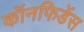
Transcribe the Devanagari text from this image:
कॉनफिडेंस